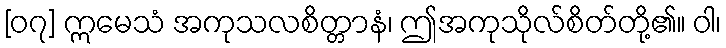
[၀၇] ဣမေသံ အကုသလစိတ္တာနံ၊ ဤအကုသိုလ်စိတ်တို့၏။ ဝါ၊